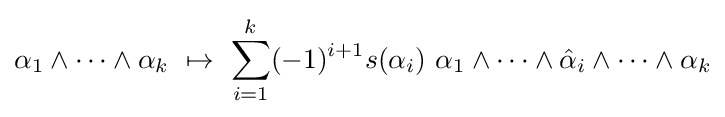
\alpha _{1}\wedge \cdots \wedge \alpha _{k}\ \mapsto \ \sum _{i=1}^{k}(-1)^{i+1}s(\alpha _{i})\ \alpha _{1}\wedge \cdots \wedge {\hat {\alpha }}_{i}\wedge \cdots \wedge \alpha _{k}